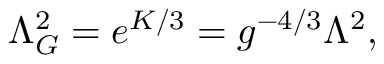
\Lambda _ { G } ^ { 2 } = e ^ { K / 3 } = g ^ { - 4 / 3 } \Lambda ^ { 2 } ,